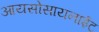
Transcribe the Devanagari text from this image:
आयसोसायनाईट